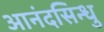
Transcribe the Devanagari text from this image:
आनंदसिन्धु